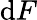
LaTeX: \mathrm{d}F